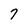
Character: 7